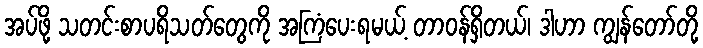
အပ်ဖို့ သတင်းစာပရိသတ်တွေကို အကြံပေးရမယ့် တာဝန်ရှိတယ်၊ ဒါဟာ ကျွန်တော်တို့